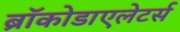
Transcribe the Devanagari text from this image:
ब्रॉकोडाएलेटर्स